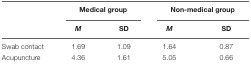
<table><thead><tr><td>[EMPTY_CELL]</td><td colspan="2"><b>Medical group</b></td><td colspan="2"><b>Non-medical group</b></td></tr><tr><td>[EMPTY_CELL]</td><td><b><i>M</i></b></td><td><b>SD</b></td><td><b><i>M</i></b></td><td><b>SD</b></td></tr></thead><tbody><tr><td>Swab contact</td><td>1.69</td><td>1.09</td><td>1.64</td><td>0.87</td></tr><tr><td>Acupuncture</td><td>4.36</td><td>1.61</td><td>5.05</td><td>0.66</td></tr></tbody></table>